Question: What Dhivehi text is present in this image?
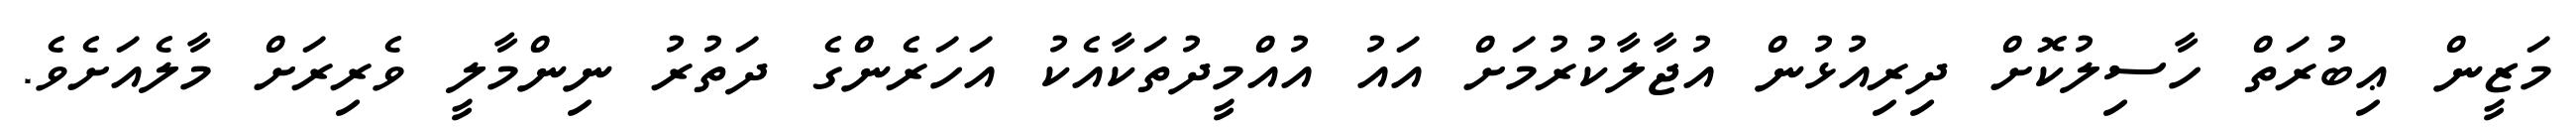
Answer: މަޒީން ޢިބުރަތް ހާސިލުކޮށް ދިރިއުޅުން އުޖާލާކުރުމަށް އައު އުއްމީދުތަކާއެކު އަހަރެންގެ ދަތުރު ނިންމާލީ ވެރިރަށް މާލެއަށެވެ.